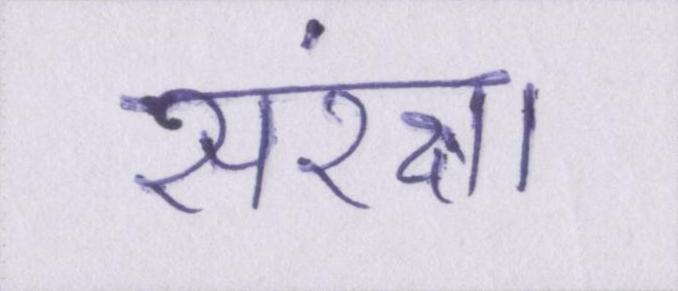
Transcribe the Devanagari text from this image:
संरक्षा